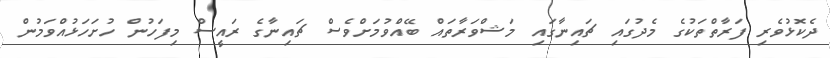
ދެކޮޅުވެރި ފަރާތްތަކުގެ މެދުގައި ޗައިނާގައި މަޝްވަރާތައް ބޭއްވުމަށްވެސް ޗައިނާގެ ރައީސް މިފަހުން ހުށަހަޅުއްވަމުން